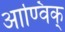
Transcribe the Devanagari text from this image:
आण्विक्